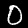
Digit: 0